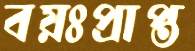
বয়ঃপ্রাপ্ত